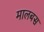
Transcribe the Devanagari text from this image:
मालबस